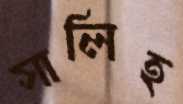
সালিহ